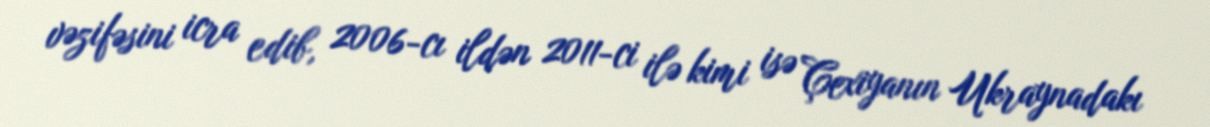
vəzifəsini icra edib, 2006-cı ildən 2011-ci ilə kimi isə Çexiyanın Ukraynadakı